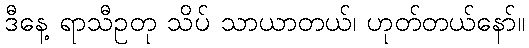
ဒီနေ့ ရာသီဥတု သိပ် သာယာတယ်၊ ဟုတ်တယ်နော်။